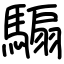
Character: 騸